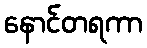
နောင်တရကာ